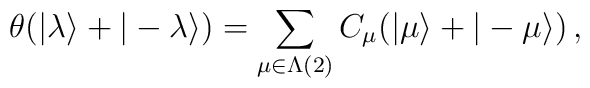
\theta(|\lambda\rangle+|-\lambda\rangle)=\sum_{\mu\in\Lambda(2)}C_\mu(|\mu\rangle+|-\mu\rangle)\,,